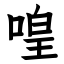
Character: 喤